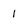
Character: 1